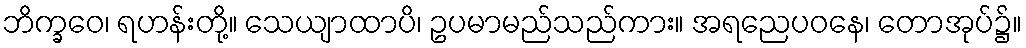
ဘိက္ခဝေ၊ ရဟန်းတို့။ သေယျာထာပိ၊ ဥပမာမည်သည်ကား။ အရညေပဝနေ၊ တောအုပ်၌။